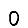
Digit: 0